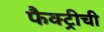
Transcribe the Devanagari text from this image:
फैक्ट्रीची